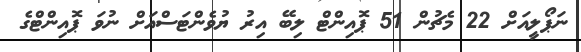
ނަޕޯލީއަށް 22 މެޗުން 51 ޕޮއިންޓް ލިބޭ އިރު ޔުވެންޓަސްއަށް ނުވަ ޕޮއިންޓްގެ